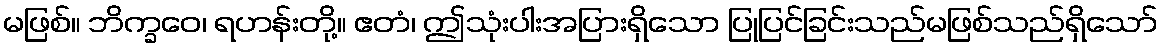
မဖြစ်။ ဘိက္ခဝေ၊ ရဟန်းတို့။ ဧတံ၊ ဤသုံးပါးအပြားရှိသော ပြုပြင်ခြင်းသည်မဖြစ်သည်ရှိသော်